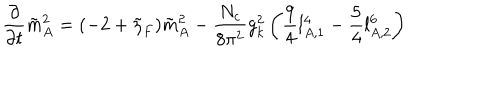
LaTeX: \frac { \partial } { \partial t } \tilde { m } _ { A } ^ { 2 } = ( - 2 + \tilde { \eta } _ { F } ) \tilde { m } _ { A } ^ { 2 } - \frac { N _ { c } } { 8 \pi ^ { 2 } } g _ { k } ^ { 2 } \left( \frac { 9 } { 4 } l _ { A , 1 } ^ { 4 } - \frac { 5 } { 4 } l _ { A , 2 } ^ { 6 } \right)